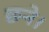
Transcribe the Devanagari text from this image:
छने।